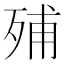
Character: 𣨈